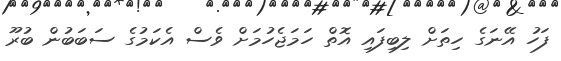
ފަހު އޭނަގެ ހިތަށް ލިބިފައި އޮތް ހަމަޖެހުމަށް ވެސް އެކަމުގެ ސަބަބުން ބުރޫ